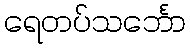
ရေတပ်သင်္ဘော